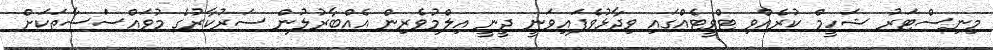
މިނިސްޓަރު ޝަހީމް ކުރެއްވި ޓްވީޓެއްގައި ވިދާޅުވެފައިވަނީ ދީނީ އިލްމުވެރިން އެއްބާރުލުން ސަރުކާރުގެ މުވައްސަސާތަކަށް